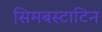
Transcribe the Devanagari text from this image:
सिमबस्टाटिन